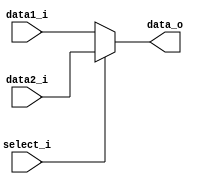
module MUX8(
    data1_i,
    data2_i,
    select_i,
    data_o
);

input	select_i;
input	[7:0]	data1_i,data2_i;
output reg	[7:0]	data_o;

always@(data1_i or data2_i or select_i) begin
	data_o = 8'b0;
    if(select_i)
	begin
         data_o <= data2_i;
	end
    else
	begin
	     data_o <= data1_i;
	end
end
endmodule